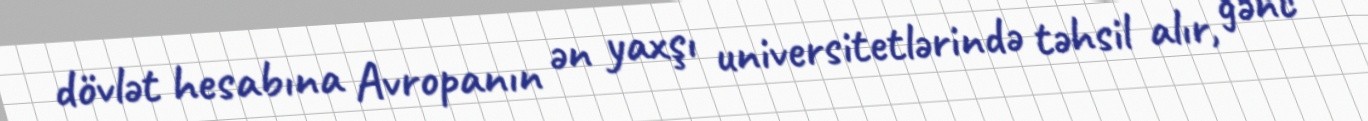
dövlət hesabına Avropanın ən yaxşı universitetlərində təhsil alır, gənc